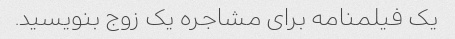
یک فیلمنامه برای مشاجره یک زوج بنویسید.